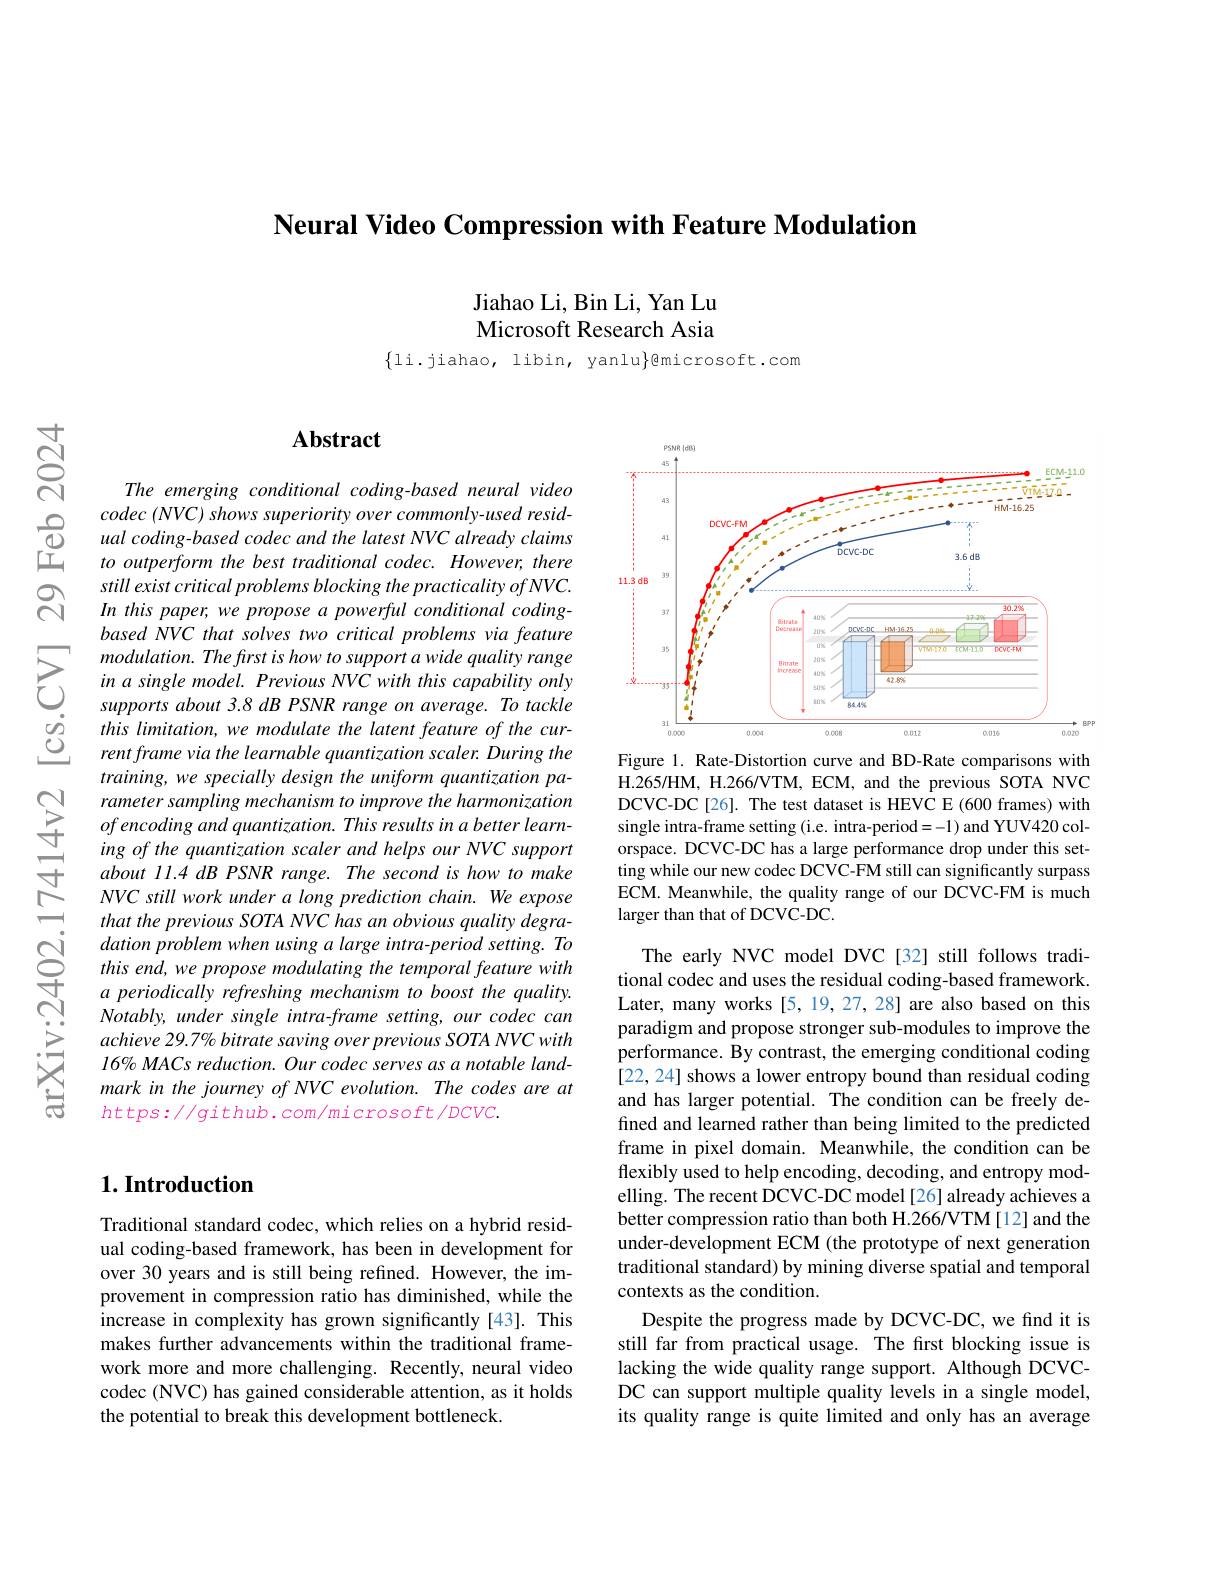
Neural Video Compression with Feature Modulation

Jiahao Li, Bin Li, Yan Lu Microsoft Research Asia

$\{$li.jiahao, libin, yanlu$\}$@microsoft.com

$ଟ୍ରੱ$

$స్ని$

## $\mathbf{Abstract}$

The emerging conditional coding-based neural video
$\begin{array}{ccc}&&codec\:(NVC)\:shows\:superiority\:over\:commonly-used\:resid-\\\textcircled{1}&&ual\:coding-based\:codec\:and\:the\:latest\:NVC\:already\:claims\\\text{工}&&to\:outperform\:the\:best\:traditional\:codec.\:However,\:there\end{array}$
still exist critical problems blocking the practicality of NVC. In this paper, we propose a powerful conditional codingbased NVC that solves two critical problems via feature
$\sum_{\begin{aligned}&\text{modulation. Thefrst is how to support a wide quality range}\\&\text{in a single model. Previous NVC with this capability only}\\&\text{supports about 3.8 dB PSNR range on average. To tackle}\end{aligned}}$ $\begin{array}{ccc}{\dot{o}}&{supponsuoouts.0ub13N\Lambda rangeonuveruge.10~tucke}\\{\dot{o}}&{this~limitation,we~modulate~the~latent~feature~of~the~cur-}\\{\dot{O}}&{rentframe~via~the~learnable~quantization~scaler.~During~the}\end{array}$ training, we specially design the uniform quantization pa- H. 2654HM, H. 266VTM, ECM, and the previous SOTA NC Cl rameter sampling mechannism to improve the harmonization DCCC- DC- CL[ 26] . The test dataset is HEVC E ( 600) franes) with 于 of enecoding and
ing of the quantization scaler and helps our NVC support $about11. 4\textit{ dB PSNR range. The second is how to make}$ NVC still work under a long prediction chain. We expose that the previous SOTA NVC has an obvious quality degra-
$\begin{array}{ccc}\mathrm{N}&\text{dation problem when using a large intra-period setting. To}\\\mathrm{C}&\text{this end, we propose modulating the temporal feature with}\\\mathrm{于}&a\text{ periodically refreshing mechanism to boost the quality.}\end{array}$
Notably, under single intra-frame setting, our codec can achieve 29.7% bitrate saving over previous SOTA NVC with $l6\% MACs\textit{reduction. Our codec serves as a notable land- }$ mark in the journey of NVC evolution. The codes are at $https://github.com/microsoft/DCVC.$

<FigureHere>
Figure 1. Rate-Distortion curve and BD-Rate comparisons with

orspace. DCVC-DC has a large performance drop under this setting while our new codec DCVC-FM still can significantly surpass ECM. Meanwhile, the quality range of our DCVC-FM is much larger than that of DCVC-DC.

The early NVC model DVC [32] still follows traditional codec and uses the residual coding-based framework. Later, many works [5, 19, 27, 28] are also based on this paradigm and propose stronger sub-modules to improve the performance. By contrast, the emerging conditional coding [22, 24] shows a lower entropy bound than residual coding and has larger potential. The condition can be freely defined and learned rather than being limited to the predicted frame in pixel domain. Meanwhile, the condition can be flexibly used to help encoding, decoding, and entropy modelling. The recent DCVC-DC model [26] already achieves a better compression ratio than both H.266/VTM[12] and the under-development ECM (the prototype of next generation traditional standard) by mining diverse spatial and temporal contexts as the condition.
Despite the progress made by DCVC-DC, we find it is still far from practical usage. The first blocking issue is lacking the wide quality range support. Although DCVCDC can support multiple quality levels in a single model, its quality range is quite limited and only has an average

## $1. \textbf{Introduction}$

Traditional standard codec, which relies on a hybrid residual coding-based framework, has been in development for over 30 years and is still being refined. However, the improvement in compression ratio has diminished, while the increase in complexity has grown significantly[43]. This makes further advancements within the traditional framework more and more challenging. Recently, neural video codec (NVC) has gained considerable attention, as it holds the potential to break this development bottleneck